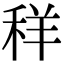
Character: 𮃁